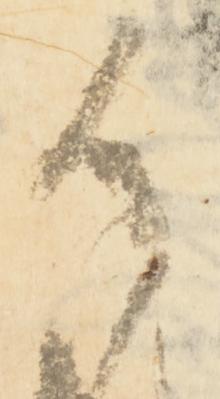
候